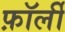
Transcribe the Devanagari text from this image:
फ़ॉर्ली